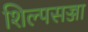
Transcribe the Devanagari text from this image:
शिल्पसज्जा